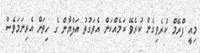
މިއީ ފްރޭމް ކުރެވިގެން ކުރެވޭ ކަމެއްކަން އެވަގުތު އަލްޔާން ގެ ހިތަށް އެރިނަމަވެސް